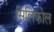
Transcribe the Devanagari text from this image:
सिलिकोल